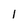
Character: 1